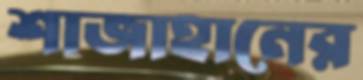
শাজাহানের